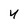
Character: 4